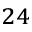
_ { 2 4 }